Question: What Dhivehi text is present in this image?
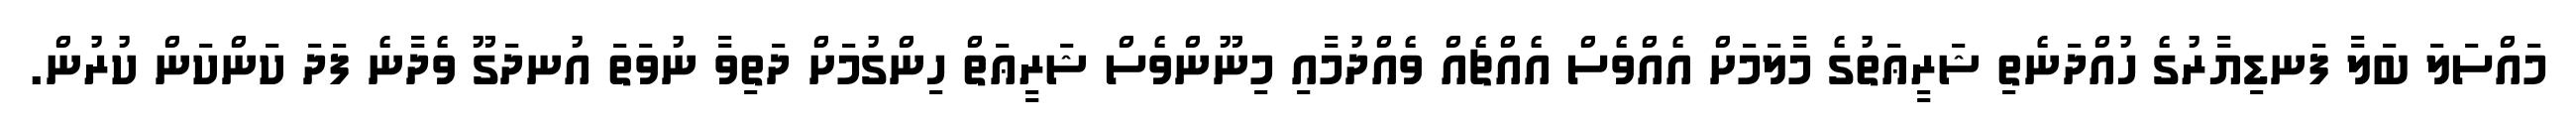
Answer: މައްސަލަ ބަލާ ފަނޑިޔާރުގެ ހުއްދަނެތި ޝަރީޢަތުގެ މާލަމަށް އެއްވެސް އެއްޗެއް ވެއްދުމާއި މިނޫންވެސް ޝަރީޢަތް ހިންގުމަށް ދަތިވާ ނުވަތަ އުނދަގޫ ވެދާނެ ފަދަ ކަންކަން ކުރުން.